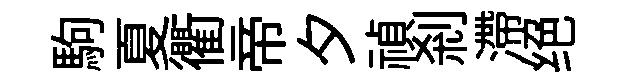
駒夏衢帝夕禎剎滯绝